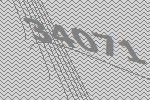
34071